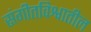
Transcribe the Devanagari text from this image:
संगीतविश्वातील